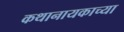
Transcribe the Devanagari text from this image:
कथानायकाच्या